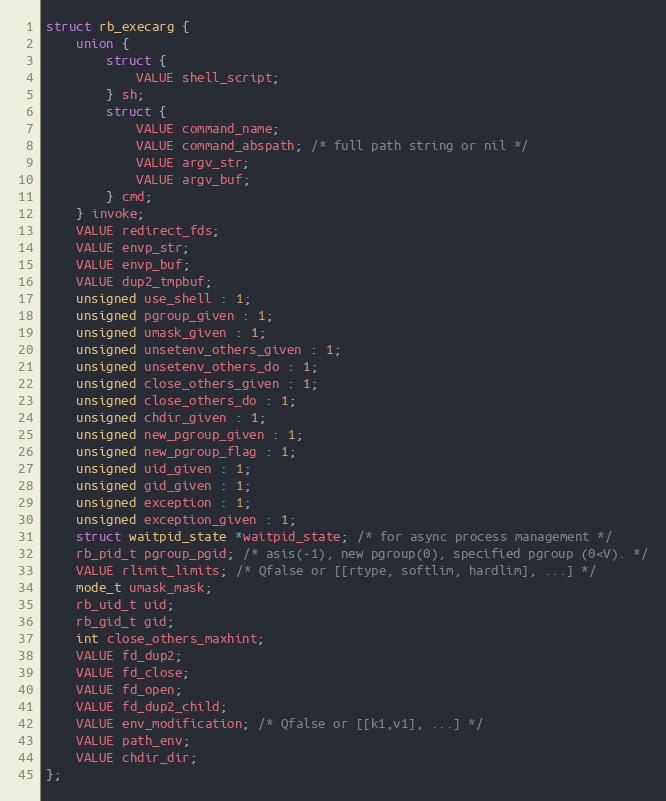
Language: C
struct rb_execarg {
    union {
        struct {
            VALUE shell_script;
        } sh;
        struct {
            VALUE command_name;
            VALUE command_abspath; /* full path string or nil */
            VALUE argv_str;
            VALUE argv_buf;
        } cmd;
    } invoke;
    VALUE redirect_fds;
    VALUE envp_str;
    VALUE envp_buf;
    VALUE dup2_tmpbuf;
    unsigned use_shell : 1;
    unsigned pgroup_given : 1;
    unsigned umask_given : 1;
    unsigned unsetenv_others_given : 1;
    unsigned unsetenv_others_do : 1;
    unsigned close_others_given : 1;
    unsigned close_others_do : 1;
    unsigned chdir_given : 1;
    unsigned new_pgroup_given : 1;
    unsigned new_pgroup_flag : 1;
    unsigned uid_given : 1;
    unsigned gid_given : 1;
    unsigned exception : 1;
    unsigned exception_given : 1;
    struct waitpid_state *waitpid_state; /* for async process management */
    rb_pid_t pgroup_pgid; /* asis(-1), new pgroup(0), specified pgroup (0<V). */
    VALUE rlimit_limits; /* Qfalse or [[rtype, softlim, hardlim], ...] */
    mode_t umask_mask;
    rb_uid_t uid;
    rb_gid_t gid;
    int close_others_maxhint;
    VALUE fd_dup2;
    VALUE fd_close;
    VALUE fd_open;
    VALUE fd_dup2_child;
    VALUE env_modification; /* Qfalse or [[k1,v1], ...] */
    VALUE path_env;
    VALUE chdir_dir;
};